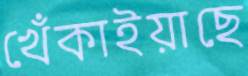
খেঁকাইয়াছে